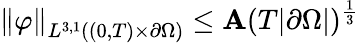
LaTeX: \left\lVert\varphi\right\rVert_{L^{3,1}((0,T)\times\partial\Omega)}\le\mathbf{A}(T|\partial\Omega|)^{\frac{1}{3}}